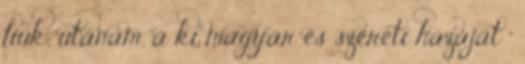
fiúk; utánam, a ki magyar és szereti hazáját "